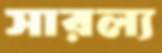
সারল্য